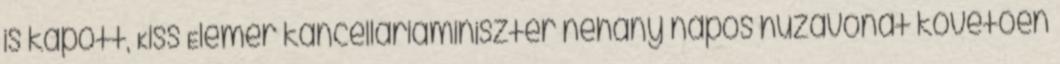
is kapott, Kiss Elemér kancelláriaminiszter néhány napos huzavonát követően